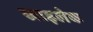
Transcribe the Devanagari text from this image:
खाइलेक